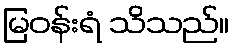
မြဝန်းရံ သိသည်။